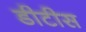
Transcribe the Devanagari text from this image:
डीटीस